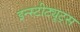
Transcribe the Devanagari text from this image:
इन्स्टीट्यूट्स